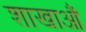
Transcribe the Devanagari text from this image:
शाखाऔं